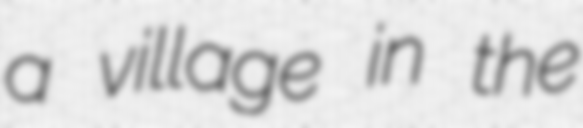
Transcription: a village in the